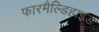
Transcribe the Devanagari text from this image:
फारमैल्डिहाइड